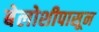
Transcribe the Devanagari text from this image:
बेलोशीपासून